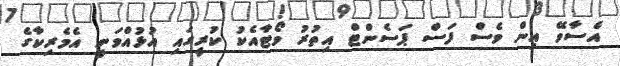
އެސާވޭ އިން ވެސް ފަސް ޕަސެންޓް އިތުރު ވޯޓާއެކު ކުރީގައި އުޅުއްވަނީ އެމެރިކާގެ